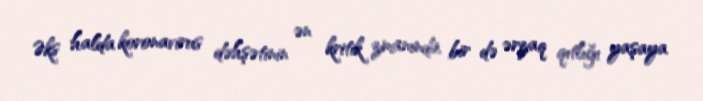
Əks halda koronavirus dəhşətinin ən kritik zmanında bir də ərzaq qıtlığı yaşaya